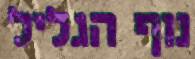
נוף הגליל